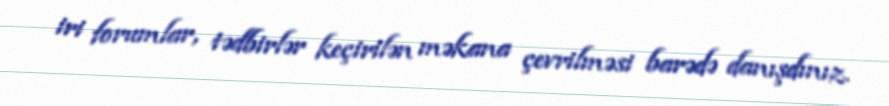
iri forumlar, tədbirlər keçirilən məkana çevrilməsi barədə danışdınız.